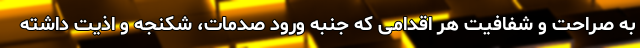
به صراحت و شفافیت هر اقدامی که جنبه ورود صدمات، شکنجه و اذیت داشته